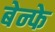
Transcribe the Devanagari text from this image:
बेन्फे